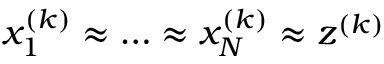
x _ { 1 } ^ { ( k ) } \approx \ldots \approx x _ { N } ^ { ( k ) } \approx z ^ { ( k ) }